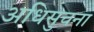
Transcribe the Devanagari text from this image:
अधिसुचना